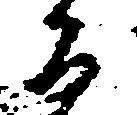
る